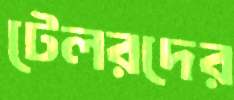
টেলরদের